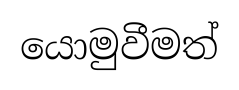
යොමුවීමත්